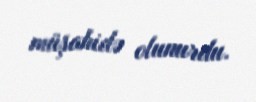
müşahidə olunurdu.